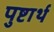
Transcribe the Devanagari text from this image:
पुष्टार्थ